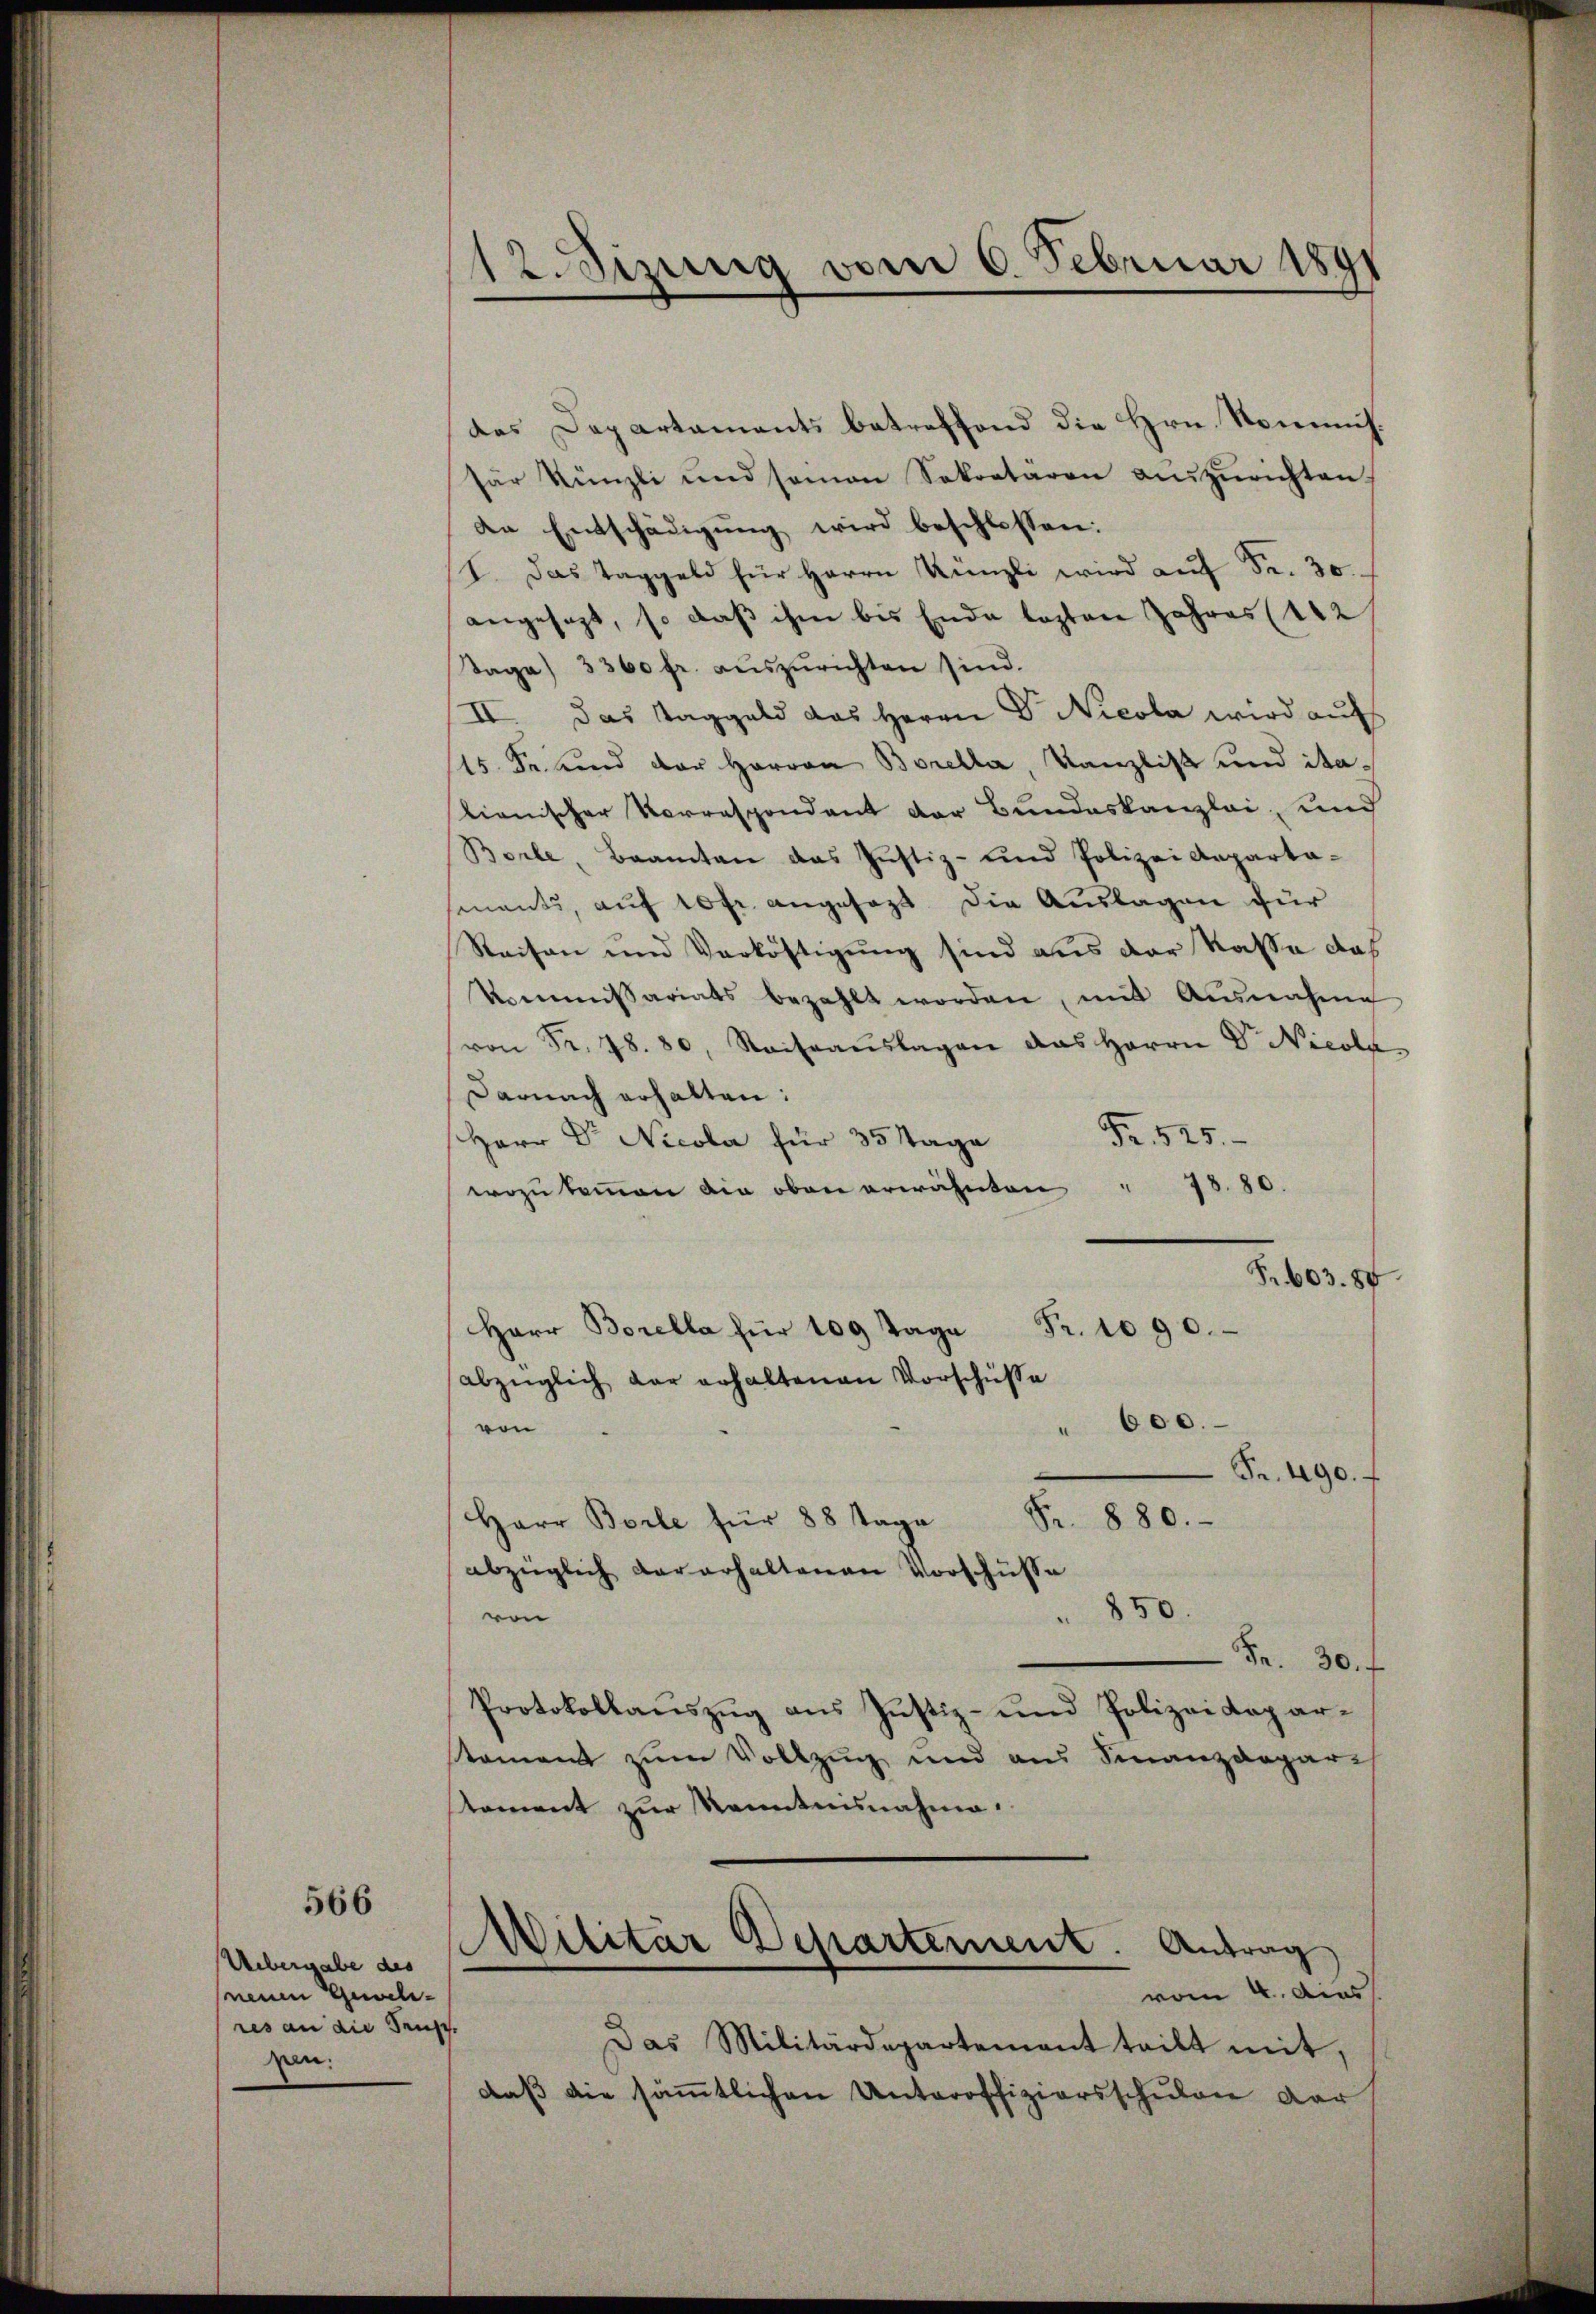
566

Uebergabe des
neuen Gewehres an die Trupp
zan:

12. Sitzung vom 6. Februar 1891

das Departaments betreffend die Hrn. Kommisfür Künzli und soman Sekretären aŭszŭrichten,
de Entschädigŭng wird beschlossen:
I. Das Taggeld für Herrn Künzli wird aŭf Fr. 30.
angesagt, so daß ihm bis Ende lezten Jahres (142
Tage) 3360 fr. auszurichten sind.
II. Das Taggeld das Herrn Dr. Nicola wird auf
15. Fr. und der Herren Borella, Kanzlist und italienischer Vorrespondant der Bundeskanzlei, und
Borle, Beamten das Justiz- und Polizei Anparta-
snants, auf 10 fr. angesagt die Auslagen für
Reisen und Verköstigung sind aus der Kasse das
Kommissariats bezahlt worden, mit Ausnahme
von Fr. 78. 80, Raisaŭslagen das Herrn Dr. Nicola
Darnach erhalten:
Fr. 525.
Herr Dr. Nicola für 35 Tage
wozu kommen die oben erwähnten " 78. 80
Fr. 603. 84
Fr. 1090.
Herr Borella für 109 Tage
abzüglich der erhaltenen Vorschüsse
600.
von
a
Fr. 490.
Fr. 880.
Herr Borle für 88 Tage
abzüglich der erhaltenen Vorschüsse
850.
ven
Fr. 30.
Protokollauszug aus Justiz- und Polizeideparament zum Vollzug und aus Finanzdepar
stament zur Kenntnisnahme.
Militar Departement. Antrag
vom 4. Aus
Das Militärdepartement teilt mit,
daß die sämmtlichen Unteroffiziersschulen dar